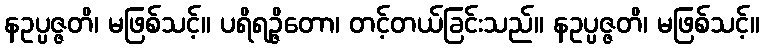
နဥပ္ပဇ္ဇတိ၊ မဖြစ်သင့်။ ပရိရဉ္ဇိတော၊ တင့်တယ်ခြင်းသည်။ နဥပ္ပဇ္ဇတိ၊ မဖြစ်သင့်။